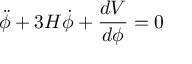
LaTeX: \ddot { \phi } + 3 H \dot { \phi } + { \frac { d V } { d { \phi } } } = 0